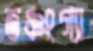
তঞ্চংগ্যা